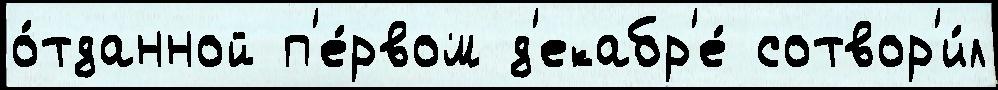
о́тданной п'е́рвом д'екабр'е́ сотвор'и́л